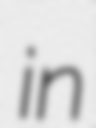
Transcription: in